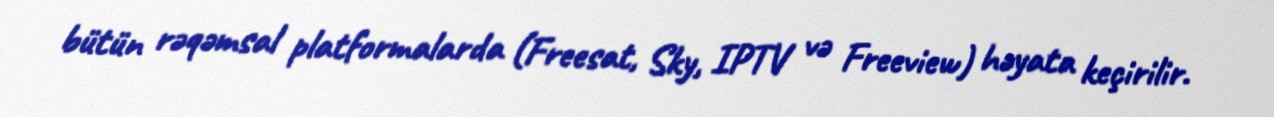
bütün rəqəmsal platformalarda (Freesat, Sky, IPTV və Freeview) həyata keçirilir.